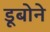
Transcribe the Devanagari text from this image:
डूबोने